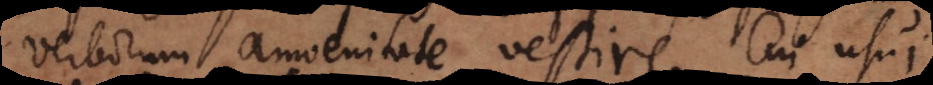
verborum amoenitate vestire. Cui usui